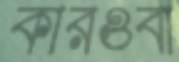
কারওবা